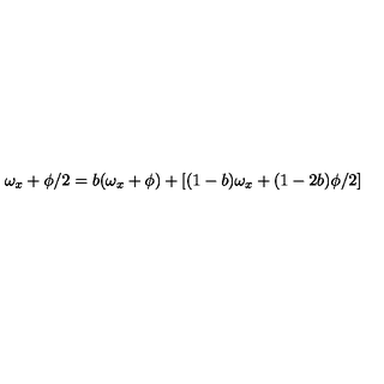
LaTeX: \omega _ { x } + \phi / 2 = b ( \omega _ { x } + \phi ) + [ ( 1 - b ) \omega _ { x } + ( 1 - 2 b ) \phi / 2 ]